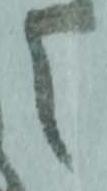
之